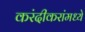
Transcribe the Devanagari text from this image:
करंदीकरांमध्ये